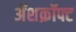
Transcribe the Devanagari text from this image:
ॲशक्रॉफ्ट